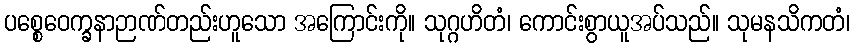
ပစ္စေဝေက္ခနာဉာဏ်တည်းဟူသော အကြောင်းကို။ သုဂ္ဂဟိတံ၊ ကောင်းစွာယူအပ်သည်။ သုမနသိကတံ၊